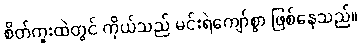
စိတ်ကူးထဲတွင် ကိုယ်သည် မင်းရဲကျော်စွာ ဖြစ်နေသည်။